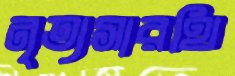
নৃত্যসারথি